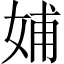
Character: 𡜵